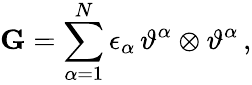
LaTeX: \mathbf{G}=\sum_{\alpha=1}^{N}\epsilon_{\alpha}\, \vartheta^{\alpha}\otimes\vartheta^{\alpha}\, ,